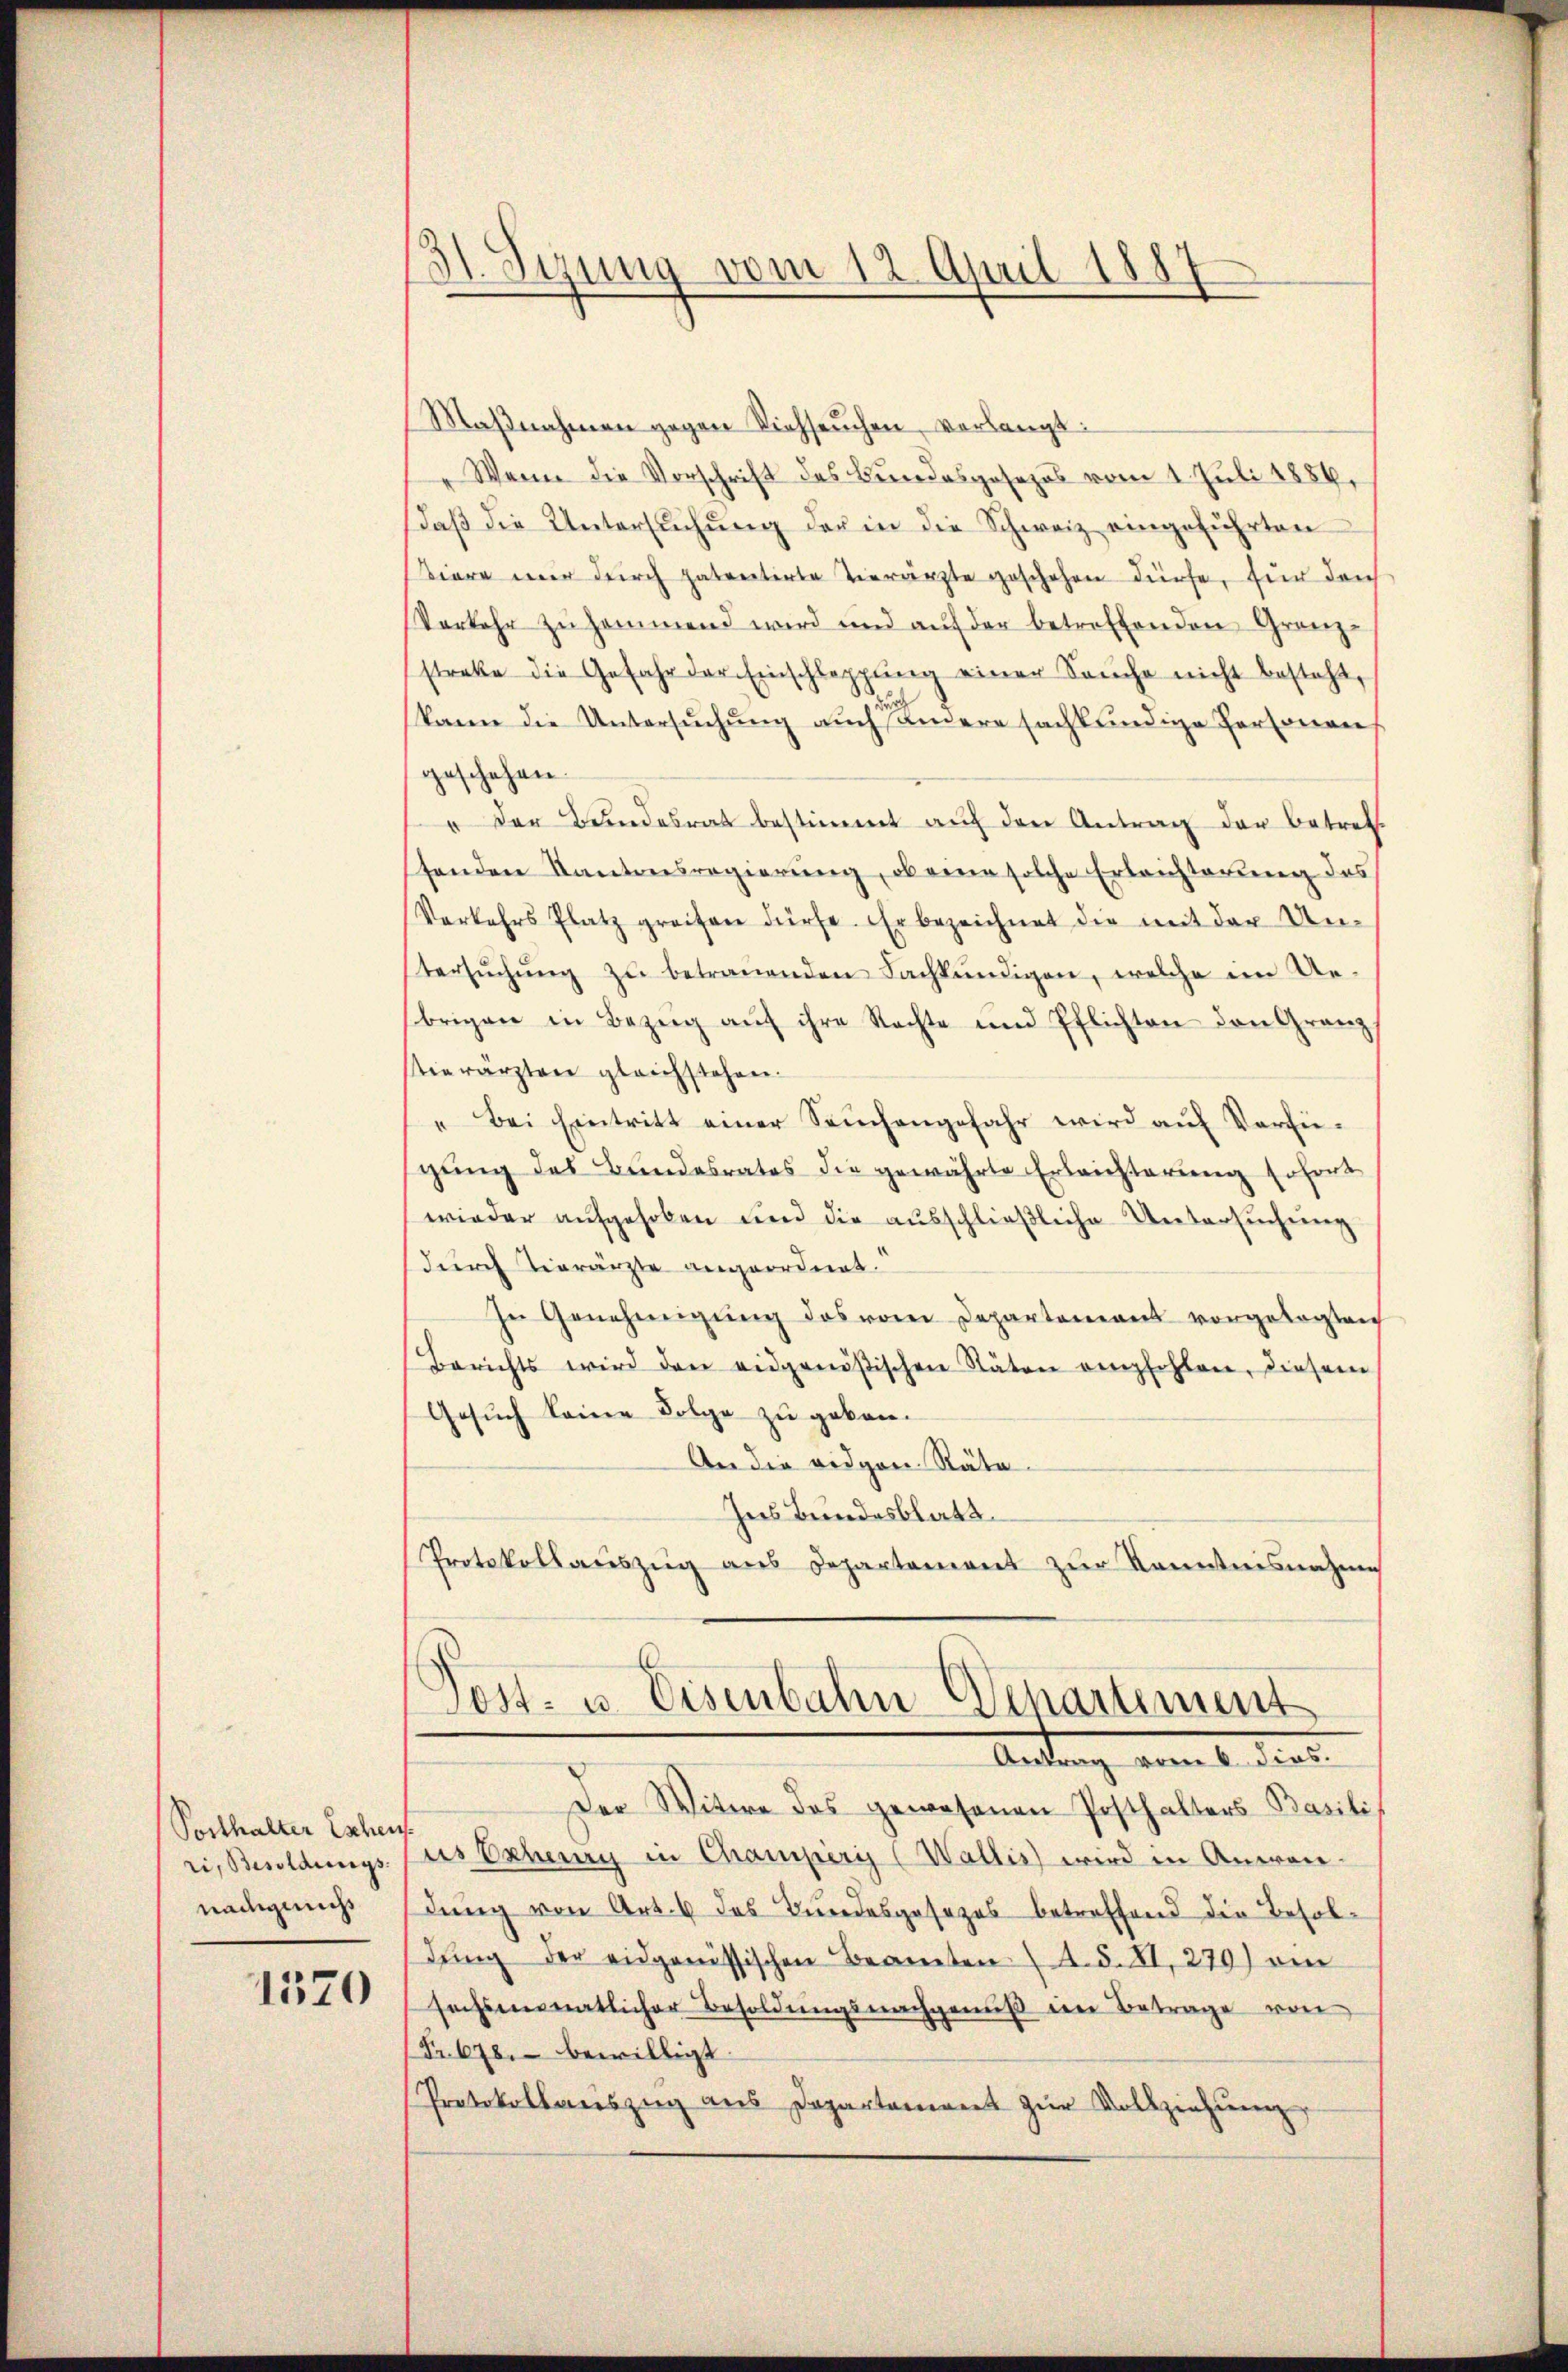
Porthalter Eschens.
ri, Besoldungs-
nächig nich

1570

d
¬
v. Sitzung vom 12. April 1887

Maßnahmen gegen Viehseuchen, verlangt:
Wenn die Vorschrift des Bundesgesezes vom 1. Juli 1884,
daβ die Untersŭchŭng der in die Schweiz eingeführten
kiere mir durch patentirte Vierärzte geschehen dürfe, für den
Vorkehr zusammend wird und auf der betreffenden Granz-
streke die Gefahr der Einschleppung einer Sache nicht besteht,
ur
kann die Untersuchung auch andere sachkundige Personen
geschehen.
" der Bundesrat bestimmt auf den Antrag der betret
fenden Kantonsregierŭng, ob eine solche Erleichterung des
Verkehrs Platz greifen dürfe. Er bezeichnet die mit der Un-
tersŭchŭng zŭ betrauenden Fachkundigen, welche im Ue-
brigen in Bezŭg aŭf ihre Nachte und Pflichten den Granz
stierärzten gleichstehen.
" Bei Eintritt einer Saŭchengefahr wird aŭf Verfü-
gung des Bundesrates die gewährte Erleichterung sofort
wieder aufgehoben und die ausschließliche Untersuchung
durch Tierärzte angeordnet.
In Genehmigŭng des vom Departement vorgelegleich
Berichts wird den eidgenößischen Stäten empfohlen, diesem
Gesuch keine Folge zu geben.
An die eidgen. Räte
Ins Bundesblatt.
Protokollauszug aus Departement zur Kenntnisnahme
Post- u. Eisenbahn Departement
Antrag vom 1. die
Der Witwe des gewesenen Posthalters Basili
us Eschen in Champiris (Wallis wird in Anwendung von Art. 4 des Bundesgesezes betreffend die Besoldŭng der eidgenössischen Beamten (A. §. XI. 279) ein
sechsenmatlicher Besoldŭngsnachgemŭβ den Betrage von
Fr. 678. bewilligt.
Protokollauszug aus Departement zur Vollziehung,